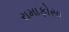
રામાફોસા